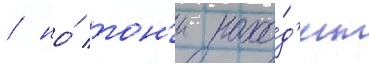
/ но́ тон'и нахо́д'ит